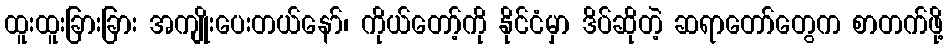
ထူးထူးခြားခြား အကျိုးပေးတယ်နော်၊ ကိုယ်တော့်ကို နိုင်ငံမှာ ဒိပ်ဆိုတဲ့ ဆရာတော်တွေက စာတက်ဖို့